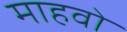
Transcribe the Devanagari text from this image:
माहवो